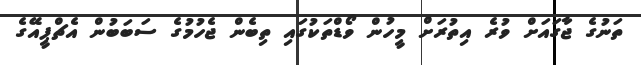
ތަނުގެ ޖާގައަށް ވުރެ އިތުރަށް މީހުން ވޯޑްތަކުގައި ތިބެން ޖެހުމުގެ ސަބަބުން އެޗްޕީއޭގެ